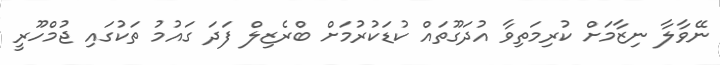
ނޭވާލާ ނިޒާމަށް ކުރިމަތިވާ އުދަގޫތައް ކުޑަކުރުމަށް ބްރެޒިލް ފަދަ ގައުމު ތަކުގައި ޖުމްހޫރީ